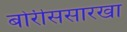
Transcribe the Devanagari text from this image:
बोरीससारखा